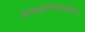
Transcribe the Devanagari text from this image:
श्मशानेष्वासीनः